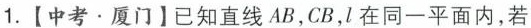
1.【中考·厦门】已知直线AB，CB，I在同一平面内，若